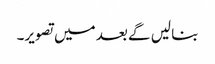
بنا لیں گے بعد میں تصویر۔